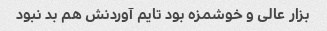
بزار عالی و خوشمزه بود تایم آوردنش هم بد نبود